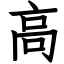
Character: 高